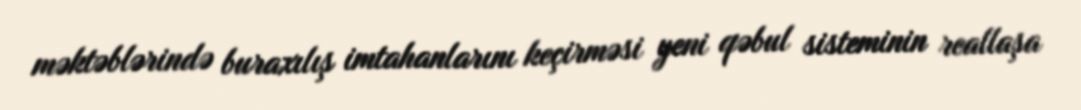
məktəblərində buraxılış imtahanlarını keçirməsi yeni qəbul sisteminin reallaşa